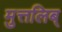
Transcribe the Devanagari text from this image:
मुत्तलिब्